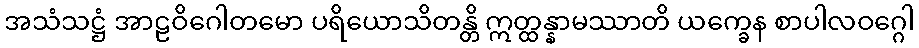
အသံသဋ္ဌံ အာဠဝိဂေါတမော ပရိယောသိတန္တိ ဣတ္ထန္နာမဿာတိ ယက္ခေန စာပါလဝဂ္ဂေါ